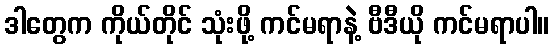
ဒါတွေက ကိုယ်တိုင် သုံးဖို့ ကင်မရာနဲ့ ဗီဒီယို ကင်မရာပါ။